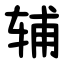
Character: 辅